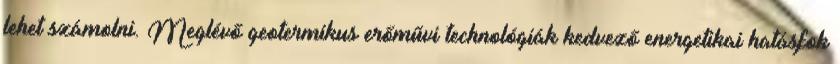
lehet számolni. Meglévő geotermikus erőművi technológiák kedvező energetikai hatásfok